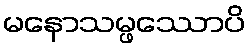
မနောသမ္ဖဿောပိ